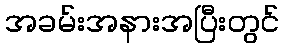
အခမ်းအနားအပြီးတွင်